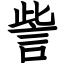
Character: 訾